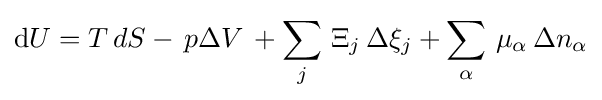
\mathrm {d} U=T\,dS-\,p\Delta V\,+\sum _{j}\,\Xi _{j}\,\Delta \xi _{j}+\sum _{\alpha }\,\mu _{\alpha }\,\Delta n_{\alpha }